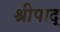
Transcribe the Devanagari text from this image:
श्रीपाद्